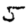
Digit: 5